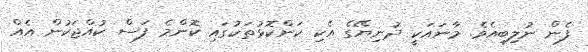
ފެން ނުލިބިއެވެ. މާނައަކީ ދުނިޔޭގެ އެކި ކަންކޮޅުތަކުގައި ކޮންމެ ފަސް ކުއްޖަކުން އެއް